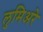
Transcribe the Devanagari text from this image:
लुमिअरे